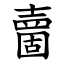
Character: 夁